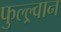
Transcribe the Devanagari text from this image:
फुल्ल्र्वान